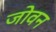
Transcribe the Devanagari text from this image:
जोवन